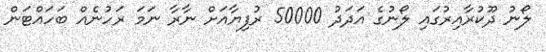
ލޯނު ދޫކުރާއިރުގައި ލޯނުގެ އަދަދު 50000 ރުފިޔާއަށް ނާރާ ނަމަ ރަހުނެއް ބަހައްޓަން